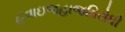
હવાઇજહાજવિરોધી